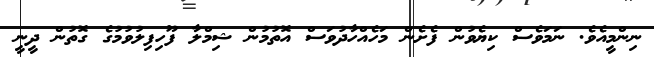
ނިންމީއެވެ. ނަމަވެސް ކިޔެވުން ފެށެން މަހެއްހާދުވަސް އޮތުމުން ޝިމްލާ ފޫހިފިލުވުމުގެ ގޮތުން ދީނީ